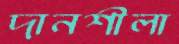
দানশীলা